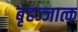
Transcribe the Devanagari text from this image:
बृहज्जात्क